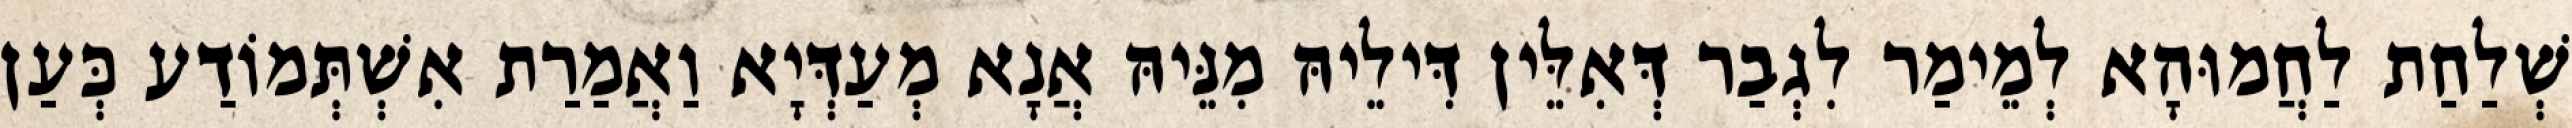
שְׁלַחַת לַחֲמוּהָא לְמֵימַר לִגְבַר דְּאִלֵּין דִּילֵיהּ מִנֵּיהּ אֲנָא מְעַדְּיָא וַאֲמַרַת אִשְׁתְּמוֹדַע כְּעַן